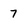
Character: 7